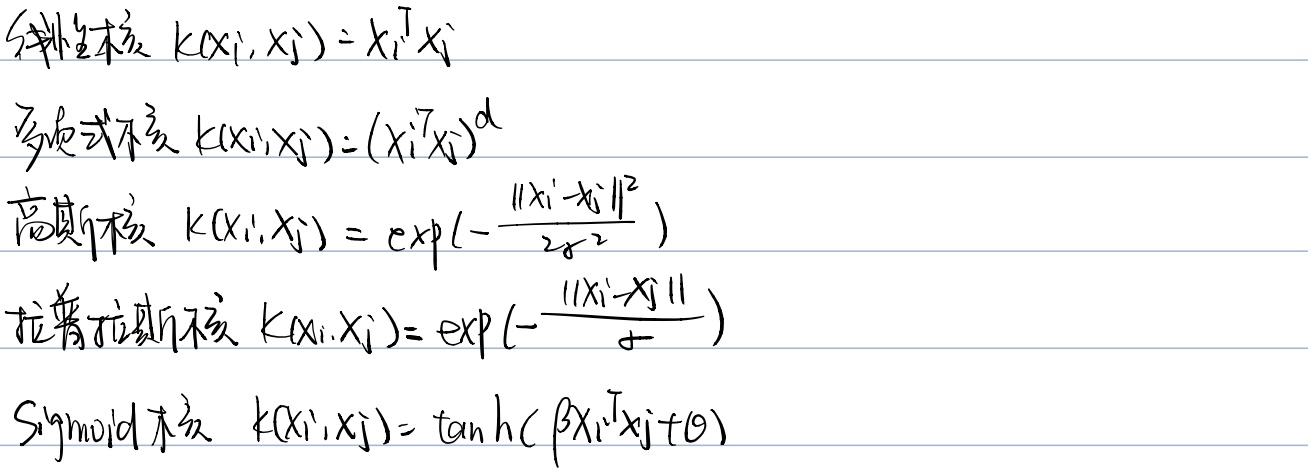
线性核 \(k(x_i, x_j) = x_i^T x_j\)
多项式核 \(k(x_i, x_j) = (x_i^T x_j)^d\)
高斯核 \(k(x_i, x_j) = \exp(-\frac{\|x_i - x_j\|^2}{2\sigma^2})\)
拉普拉斯核 \(k(x_i, x_j) = \exp(-\frac{\|x_i - x_j\|}{\sigma})\)
Sigmoid核 \(k(x_i, x_j) = \tanh(\beta x_i^T x_j + \theta)\)